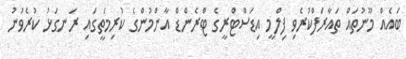
ބައެއް މޫނުތައް ތައާރަފްކުރެވި ފިލްމީ އިޑަސްޓްރީގެ ޓްރެންޑް އާންމުންގެ ކުރިމަތީގައި ރަނގަޅު ކުރެވުނު